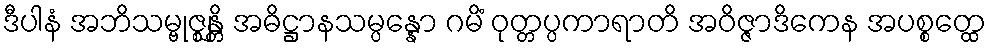
ဒီပါနံ အဘိသမ္ဗုဇ္ဈန္တိ အဓိဋ္ဌာနသမ္ပန္နော ဂမိံ ဝုတ္တပ္ပကာရာတိ အဝိဇ္ဇာဒိကေန အပစ္စတ္ထေ